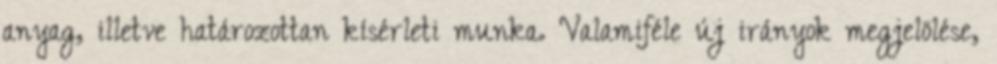
anyag, illetve határozottan kísérleti munka. Valamiféle új irányok megjelölése,